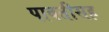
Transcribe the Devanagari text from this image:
पावतीसह